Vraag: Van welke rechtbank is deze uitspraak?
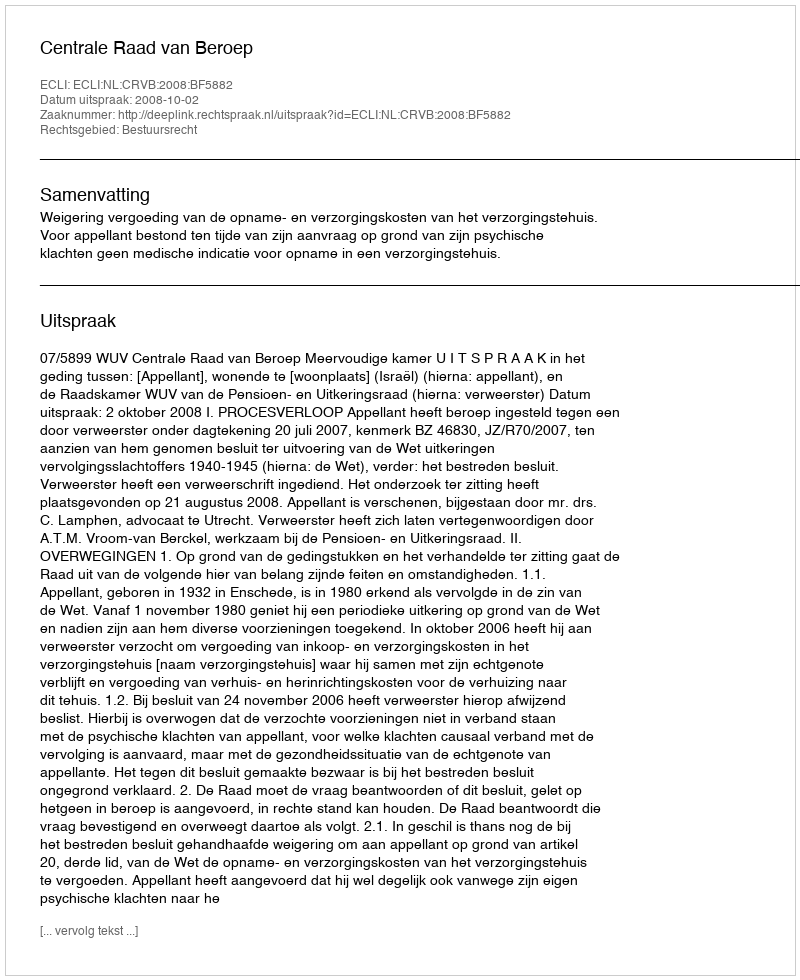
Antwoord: Centrale Raad van Beroep